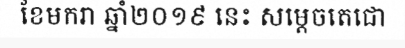
ខែមករា ឆ្នាំ២០១៩ នេះ សម្តេចតេជោ